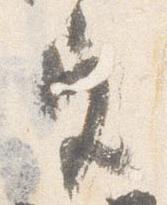
宮